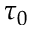
\tau _ { 0 }